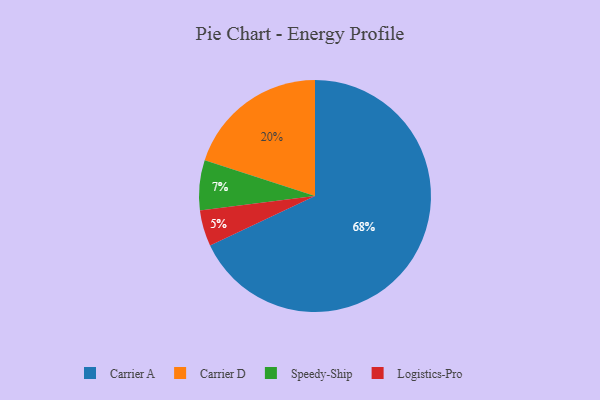
{"axis": {"x": "Category", "y": "Percentage"}, "legend": ["Carrier A", "Carrier D", "Logistics-Pro", "Speedy-Ship"], "data": [{"x": "Speedy-Ship", "y": 7, "type": "Speedy-Ship"}, {"x": "Carrier D", "y": 20, "type": "Carrier D"}, {"x": "Carrier A", "y": 68, "type": "Carrier A"}, {"x": "Logistics-Pro", "y": 5, "type": "Logistics-Pro"}]}